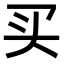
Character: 买